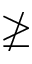
\ngeq